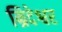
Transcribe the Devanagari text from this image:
म्रिदेश्वर